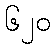
၆၂၀